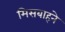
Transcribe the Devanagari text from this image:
मिसबाहने